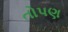
તોપણ